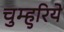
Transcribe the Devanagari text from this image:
चुम्हुरिये